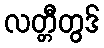
လတ္တီတွဒ်